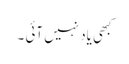
کبھی یاد نہیں آئی ۔